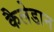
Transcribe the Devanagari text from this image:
कैलेडान